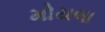
મોયલા